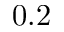
0 . 2